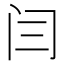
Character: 闫